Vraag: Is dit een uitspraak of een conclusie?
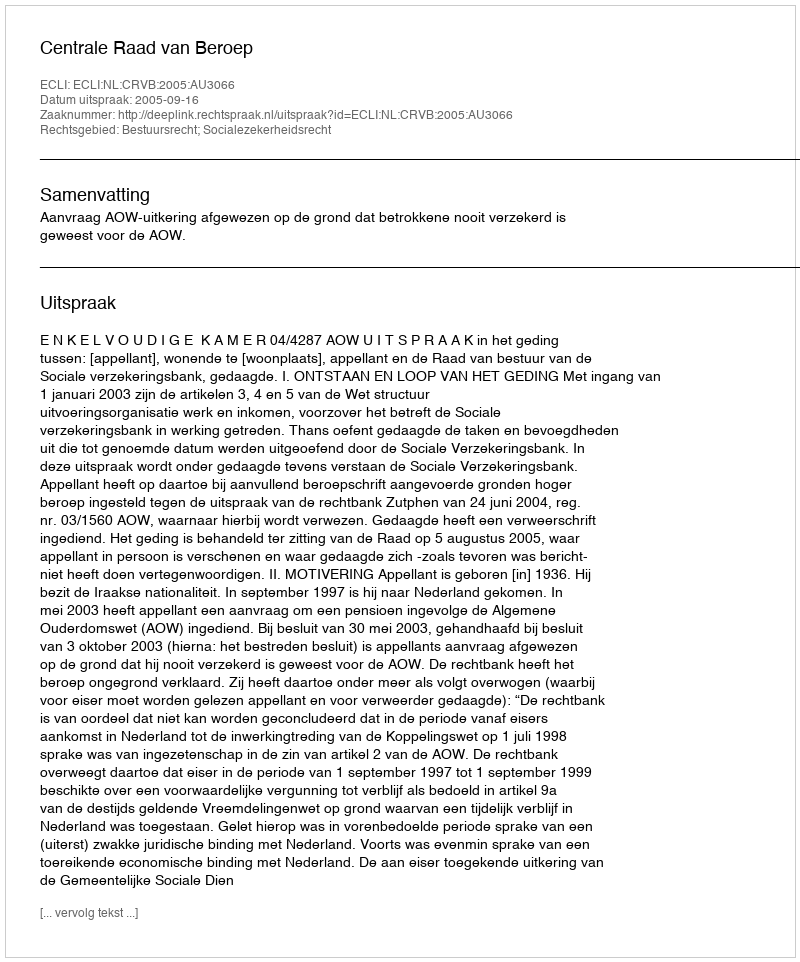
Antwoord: Uitspraak